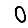
Digit: 0